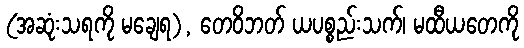
(အဆုံးသရကို မချေရ), တေဝိဘတ် ယပစ္စည်းသက်၊ မထီယတေကို